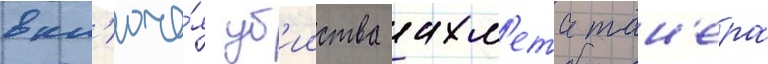
вкл'юча́я уб'ииства ахм'ета тан'ера